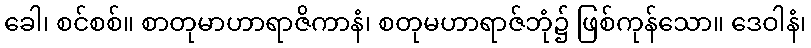
ခေါ၊ စင်စစ်။ စာတုမာဟာရာဇိကာနံ၊ စတုမဟာရာဇ်ဘုံ၌ ဖြစ်ကုန်သော။ ဒေဝါနံ၊